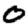
Digit: 0